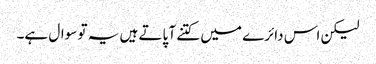
لیکن اس دائرے میں کتنے آ پاتے ہیں یہ تو سوال ہے۔